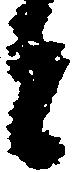
と